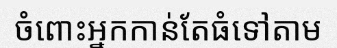
ចំពោះអ្នកកាន់តែធំទៅតាម